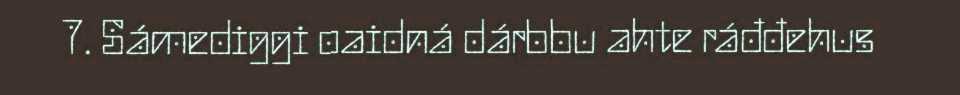
7. Sámediggi oaidná dárbbu ahte ráđđehus